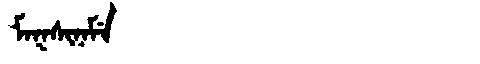
Manchu: ᠮᠠᡴᠰᡳᠨᠠᠮᡝ
Romanization: MAKSINAME